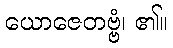
ယောဇေတဗ္ဗံ၊ ၏။